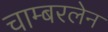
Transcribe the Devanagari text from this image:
चाम्बरलेन